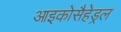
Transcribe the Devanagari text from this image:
आइकोसैहेड्रल